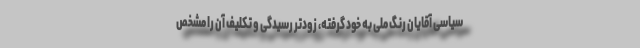
سیاسی آقایان رنگ ملی به خود گرفته، زودتر رسیدگی و تکلیف آن را مشخص